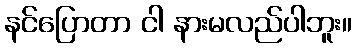
နင်ပြောတာ ငါ နားမလည်ပါဘူး။